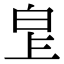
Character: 𤽓